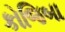
કોજિબા